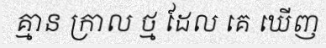
គ្មាន ក្រាល ថ្ម ដែល គេ ឃើញ